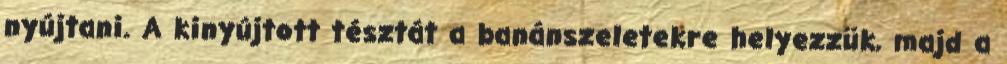
nyújtani. A kinyújtott tésztát a banánszeletekre helyezzük, majd a